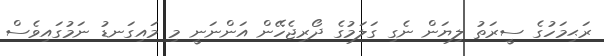
ރަޙިމަހުގެ ސީރަތު ލިޔަން ނެގި ގަލަމުގެ ދޯރިޖެހޭން އަންނަނީ މި މައިގަނޑު ނަމުގައިވެސް